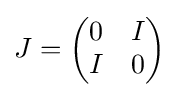
J={\begin{pmatrix}0&I\\I&0\end{pmatrix}}